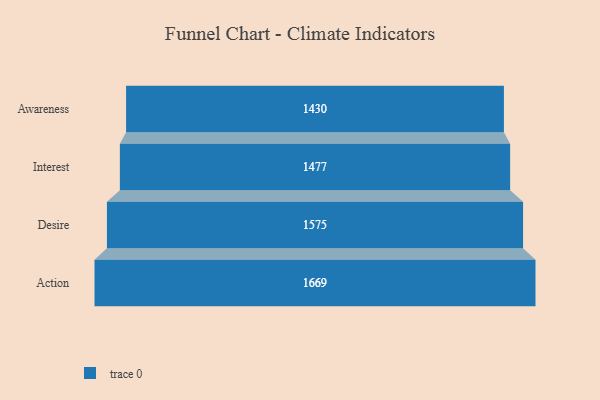
{"axis": {"x": "Stage", "y": "Value"}, "legend": [""], "data": [{"x": "Awareness", "y": 1430.0, "type": ""}, {"x": "Interest", "y": 1477.0, "type": ""}, {"x": "Desire", "y": 1575.0, "type": ""}, {"x": "Action", "y": 1669.0, "type": ""}]}